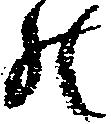
の